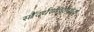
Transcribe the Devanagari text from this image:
सौंदर्यस्पर्धांमध्ये